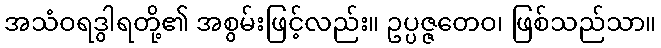
အသံဝရဒွါရတို့၏ အစွမ်းဖြင့်လည်း။ ဥပ္ပဇ္ဇတေဝ၊ ဖြစ်သည်သာ။